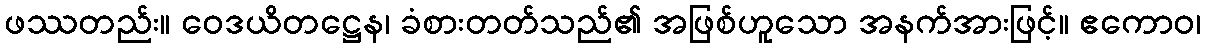
ဖဿတည်း။ ဝေဒယိတဋ္ဌေန၊ ခံစားတတ်သည်၏ အဖြစ်ဟူသော အနက်အားဖြင့်။ ဧကောဝ၊